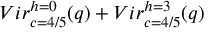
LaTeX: { V i r _ { c = 4 / 5 } ^ { h = 0 } ( q ) + V i r _ { c = 4 / 5 } ^ { h = 3 } ( q ) }